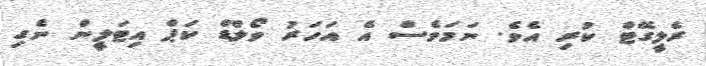
ރެލީގޭޓް ކުރި އެވެ. ނަމަވެސް އެ އަހަރު ވޯލްޑް ކަޕް އިޓަލީން ނެގި